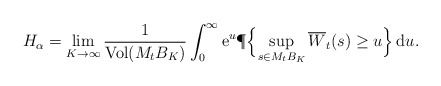
\begin{align*} H_\alpha=\lim_{K\to\infty}\frac{1}{\operatorname{Vol}(M_tB_K)}\int_0^\infty \mathrm{e}^u\P\Bigl\{\sup_{s\in M_tB_K} \overline{W}_t(s)\ge u \Bigr\}\,\mathrm{d}u.\end{align*}